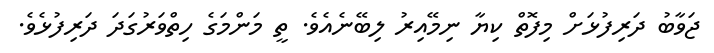
ޖަވާބު ދަރިފުޅަށް މިފޮތް ކިޔާ ނިމޭއިރު ލިބޭނެެއެވެ. ތީ މަންމަގެ ހިތްވަރުގަދަ ދަރިފުޅެވެ.